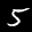
Label: 5